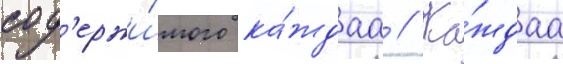
сод'ержи́мого ка́ждаа // Ка́ждаа